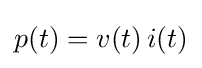
p(t)=v(t)\,i(t)